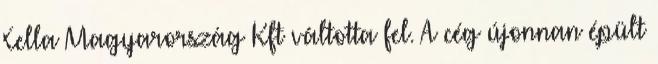
Xella Magyarország Kft váltotta fel. A cég újonnan épült